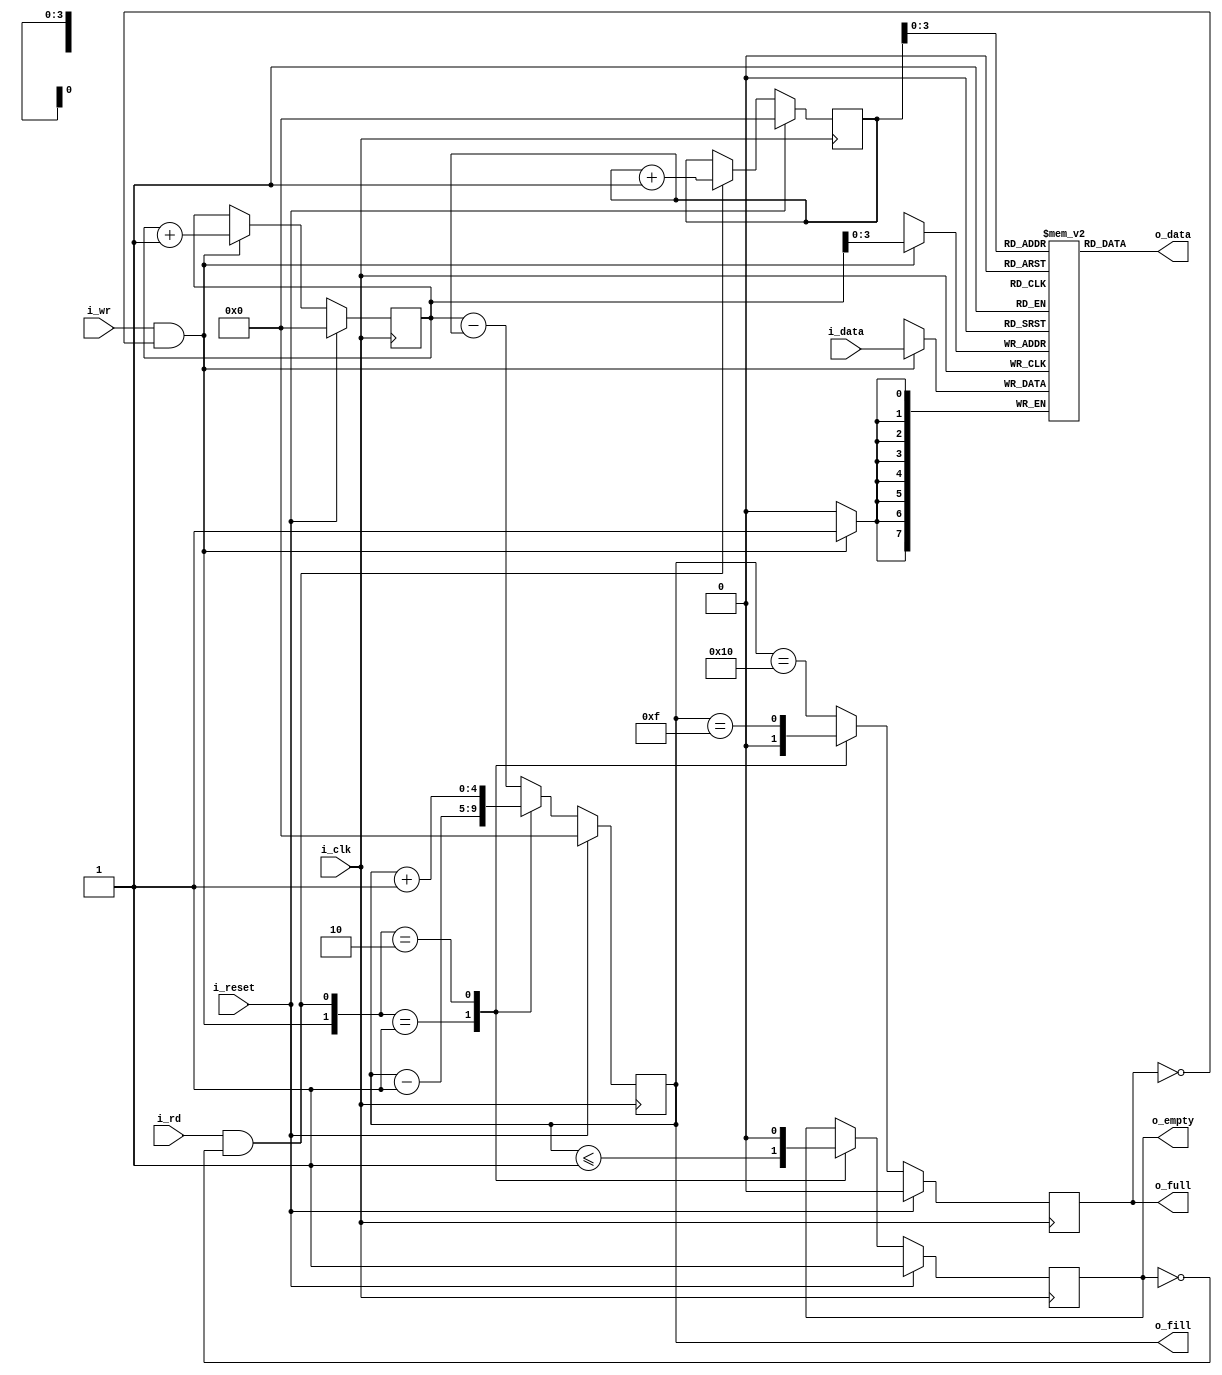
////////////////////////////////////////////////////////////////////////////////
//
// {{{
// Project:	WB2AXIPSP: bus bridges and other odds and ends
//
// Purpose:	A synchronous data FIFO.
//
// Creator:	Dan Gisselquist, Ph.D.
//		Gisselquist Technology, LLC
//
////////////////////////////////////////////////////////////////////////////////
//
// Written and distributed by Gisselquist Technology, LLC
// }}}
// This design is hereby granted to the public domain.
// {{{
// This program is distributed in the hope that it will be useful, but WITHOUT
// ANY WARRANTY; without even the implied warranty of MERCHANTIBILITY or
// FITNESS FOR A PARTICULAR PURPOSE.
//
////////////////////////////////////////////////////////////////////////////////
//
`default_nettype	none
// }}}
module sfifo #(
		// {{{
		parameter	BW=8,	// Byte/data width
		parameter 	LGFLEN=4,
		parameter [0:0]	OPT_ASYNC_READ = 1'b1,
		parameter [0:0]	OPT_WRITE_ON_FULL = 1'b0,
		parameter [0:0]	OPT_READ_ON_EMPTY = 1'b0
		// }}}
	) (
		// {{{
		input	wire		i_clk,
		input	wire		i_reset,
		//
		// Write interface
		input	wire		i_wr,
		input	wire [(BW-1):0]	i_data,
		output	wire 		o_full,
		output	reg [LGFLEN:0]	o_fill,
		//
		// Read interface
		input	wire		i_rd,
		output	reg [(BW-1):0]	o_data,
		output	wire		o_empty	// True if FIFO is empty
`ifdef	FORMAL
`ifdef	F_PEEK
		, output wire	[LGFLEN:0]	f_first_addr,
		output	wire	[LGFLEN:0]	f_second_addr,
		output	reg	[BW-1:0]	f_first_data, f_second_data,

		output	reg			f_first_in_fifo,
						f_second_in_fifo,
		output	reg	[LGFLEN:0]	f_distance_to_first,
						f_distance_to_second
`endif
`endif
		// }}}
	);

	// Register/net declarations
	// {{{
	localparam	FLEN=(1<<LGFLEN);
	reg			r_full, r_empty;
	reg	[(BW-1):0]	mem[0:(FLEN-1)];
	reg	[LGFLEN:0]	wr_addr, rd_addr;

	wire	w_wr = (i_wr && !o_full);
	wire	w_rd = (i_rd && !o_empty);
	// }}}
	////////////////////////////////////////////////////////////////////////
	//
	// Write half
	// {{{
	////////////////////////////////////////////////////////////////////////
	//
	//

	// o_fill
	// {{{
	initial	o_fill = 0;
	always @(posedge i_clk)
	if (i_reset)
		o_fill <= 0;
	else case({ w_wr, w_rd })
	2'b01: o_fill <= o_fill - 1;
	2'b10: o_fill <= o_fill + 1;
	default: o_fill <= wr_addr - rd_addr;
	endcase
	// }}}

	// r_full, o_full
	// {{{
	initial	r_full = 0;
	always @(posedge i_clk)
	if (i_reset)
		r_full <= 0;
	else case({ w_wr, w_rd})
	2'b01: r_full <= 1'b0;
	2'b10: r_full <= (o_fill == { 1'b0, {(LGFLEN){1'b1}} });
	default: r_full <= (o_fill == { 1'b1, {(LGFLEN){1'b0}} });
	endcase

	assign	o_full = (i_rd && OPT_WRITE_ON_FULL) ? 1'b0 : r_full;
	// }}}

	// wr_addr, the write address pointer
	// {{{
	initial	wr_addr = 0;
	always @(posedge i_clk)
	if (i_reset)
		wr_addr <= 0;
	else if (w_wr)
		wr_addr <= wr_addr + 1'b1;
	// }}}

	// Write to memory
	// {{{
	always @(posedge i_clk)
	if (w_wr)
		mem[wr_addr[(LGFLEN-1):0]] <= i_data;
	// }}}
	// }}}
	////////////////////////////////////////////////////////////////////////
	//
	// Read half
	// {{{
	////////////////////////////////////////////////////////////////////////
	//
	//

	// rd_addr, the read address pointer
	// {{{
	initial	rd_addr = 0;
	always @(posedge i_clk)
	if (i_reset)
		rd_addr <= 0;
	else if (w_rd)
		rd_addr <= rd_addr + 1;
	// }}}

	// r_empty, o_empty
	// {{{
	initial	r_empty = 1'b1;
	always @(posedge i_clk)
	if (i_reset)
		r_empty <= 1'b1;
	else case ({ w_wr, w_rd })
	2'b01: r_empty <= (o_fill <= 1);
	2'b10: r_empty <= 1'b0;
	default: begin end
	endcase

	assign	o_empty = (OPT_READ_ON_EMPTY && i_wr) ? 1'b0 : r_empty;
	// }}}

	// Read from the FIFO
	// {{{
	generate if (OPT_ASYNC_READ && OPT_READ_ON_EMPTY)
	begin : ASYNCHRONOUS_READ_ON_EMPTY
		// o_data
		// {{{
		always @(*)
		begin
			o_data = mem[rd_addr[LGFLEN-1:0]];
			if (r_empty)
				o_data = i_data;
		end
		// }}}
	end else if (OPT_ASYNC_READ)
	begin : ASYNCHRONOUS_READ
		// o_data
		// {{{
		always @(*)
			o_data = mem[rd_addr[LGFLEN-1:0]];
		// }}}
	end else begin : REGISTERED_READ
		// {{{
		reg		bypass_valid;
		reg [BW-1:0]	bypass_data, rd_data;
		reg [LGFLEN-1:0]	rd_next;

		always @(*)
			rd_next = rd_addr[LGFLEN-1:0] + 1;

		// Memory read, bypassing it if we must
		// {{{
		initial bypass_valid = 0;
		always @(posedge i_clk)
		if (i_reset)
			bypass_valid <= 0;
		else if (r_empty || i_rd)
		begin
			if (!i_wr)
				bypass_valid <= 1'b0;
			else if (r_empty || (i_rd && (o_fill == 1)))
				bypass_valid <= 1'b1;
			else
				bypass_valid <= 1'b0;
		end

		always @(posedge i_clk)
		if (r_empty || i_rd)
			bypass_data <= i_data;

		initial mem[0] = 0;
		initial rd_data = 0;
		always @(posedge i_clk)
		if (w_rd)
			rd_data <= mem[rd_next];

		always @(*)
		if (OPT_READ_ON_EMPTY && r_empty)
			o_data = i_data;
		else if (bypass_valid)
			o_data = bypass_data;
		else
			o_data = rd_data;
		// }}}
		// }}}
	end endgenerate
	// }}}
	// }}}
////////////////////////////////////////////////////////////////////////////////
////////////////////////////////////////////////////////////////////////////////
////////////////////////////////////////////////////////////////////////////////
//
// FORMAL METHODS
// {{{
////////////////////////////////////////////////////////////////////////////////
////////////////////////////////////////////////////////////////////////////////
////////////////////////////////////////////////////////////////////////////////
//
`ifdef	FORMAL

//
// Assumptions about our input(s)
//
//
`ifdef	SFIFO
`define	ASSUME	assume
`else
`define	ASSUME	assert
`endif

	reg			f_past_valid;
	wire	[LGFLEN:0]	f_fill, f_next;
	wire			f_empty;

	initial	f_past_valid = 1'b0;
	always @(posedge i_clk)
		f_past_valid <= 1'b1;

	////////////////////////////////////////////////////////////////////////
	//
	// Assertions about our flags and counters
	// {{{
	////////////////////////////////////////////////////////////////////////
	//
	//

	assign	f_fill = wr_addr - rd_addr;
	assign	f_empty = (wr_addr == rd_addr);
	assign	f_next = rd_addr + 1'b1;

	always @(*)
	begin
		assert(f_fill <= { 1'b1, {(LGFLEN){1'b0}} });
		assert(o_fill == f_fill);

		assert(r_full  == (f_fill == {1'b1, {(LGFLEN){1'b0}} }));
		assert(r_empty == (f_fill == 0));

		if (!OPT_WRITE_ON_FULL)
		begin
			assert(o_full == r_full);
		end else begin
			assert(o_full == (r_full && !i_rd));
		end

		if (!OPT_READ_ON_EMPTY)
		begin
			assert(o_empty == r_empty);
		end else begin
			assert(o_empty == (r_empty && !i_wr));
		end
	end

	always @(posedge i_clk)
	if (!OPT_ASYNC_READ && f_past_valid)
	begin
		if (f_fill == 0)
		begin
			assert(r_empty);
			assert(o_empty || (OPT_READ_ON_EMPTY && i_wr));
		end else if ($past(f_fill)>1)
		begin
			assert(!r_empty);
		end else if ($past(!i_rd && f_fill > 0))
			assert(!r_empty);
	end

	always @(*)
	if (!r_empty)
	begin
		// This also applies for the registered read case
		assert(mem[rd_addr[LGFLEN-1:0]] == o_data);
	end else if (OPT_READ_ON_EMPTY)
		assert(o_data == i_data);

	// }}}
	////////////////////////////////////////////////////////////////////////
	//
	// Formal contract: (Twin write test)
	// {{{
	// If you write two values in succession, you should be able to read
	// those same two values in succession some time later.
	//
	////////////////////////////////////////////////////////////////////////
	//
	//

	// Verilator lint_off UNDRIVEN
	(* anyconst *)	reg	[LGFLEN:0]	fw_first_addr;
	// Verilator lint_on  UNDRIVEN
`ifndef	F_PEEK
			wire	[LGFLEN:0]	f_first_addr;
			wire	[LGFLEN:0]	f_second_addr;
			reg	[BW-1:0]	f_first_data, f_second_data;

	reg	f_first_in_fifo, f_second_in_fifo;
	reg	[LGFLEN:0]	f_distance_to_first, f_distance_to_second;
`endif
	reg	f_first_addr_in_fifo, f_second_addr_in_fifo;

	assign f_first_addr  = fw_first_addr;
	assign f_second_addr = f_first_addr + 1;

	always @(*)
	begin
		f_distance_to_first = (f_first_addr - rd_addr);
		f_first_addr_in_fifo = 0;
		if ((f_fill != 0) && (f_distance_to_first < f_fill))
			f_first_addr_in_fifo = 1;
	end

	always @(*)
	begin
		f_distance_to_second = (f_second_addr - rd_addr);
		f_second_addr_in_fifo = 0;
		if ((f_fill != 0) && (f_distance_to_second < f_fill))
			f_second_addr_in_fifo = 1;
	end

	always @(posedge i_clk)
	if (w_wr && wr_addr == f_first_addr)
		f_first_data <= i_data;

	always @(posedge i_clk)
	if (w_wr && wr_addr == f_second_addr)
		f_second_data <= i_data;

	always @(*)
	if (f_first_addr_in_fifo)
		assert(mem[f_first_addr[LGFLEN-1:0]] == f_first_data);
	always @(*)
		f_first_in_fifo = (f_first_addr_in_fifo && (mem[f_first_addr[LGFLEN-1:0]] == f_first_data));

	always @(*)
	if (f_second_addr_in_fifo)
		assert(mem[f_second_addr[LGFLEN-1:0]] == f_second_data);

	always @(*)
		f_second_in_fifo = (f_second_addr_in_fifo && (mem[f_second_addr[LGFLEN-1:0]] == f_second_data));

	always @(*)
	if (f_first_in_fifo && (o_fill == 1 || f_distance_to_first == 0))
		assert(o_data == f_first_data);

	always @(*)
	if (f_second_in_fifo && (o_fill == 1 || f_distance_to_second == 0))
		assert(o_data == f_second_data);

	always @(posedge i_clk)
	if (f_past_valid && !$past(i_reset))
	begin
		case({$past(f_first_in_fifo), $past(f_second_in_fifo)})
		2'b00: begin
				if ($past(w_wr && (!w_rd || !r_empty))
					&&($past(wr_addr == f_first_addr)))
				begin
					assert(f_first_in_fifo);
				end else begin
					assert(!f_first_in_fifo);
				end
				//
				// The second could be in the FIFO, since
				// one might write other data than f_first_data
				//
				// assert(!f_second_in_fifo);
			end
		2'b01: begin
				assert(!f_first_in_fifo);
				if ($past(w_rd && (rd_addr==f_second_addr)))
				begin
					assert((o_empty&&!OPT_ASYNC_READ)||!f_second_in_fifo);
				end else begin
					assert(f_second_in_fifo);
				end
			end
		2'b10: begin
				if ($past(w_wr)
					&&($past(wr_addr == f_second_addr)))
				begin
					assert(f_second_in_fifo);
				end else begin
					assert(!f_second_in_fifo);
				end
				if ($past(!w_rd ||(rd_addr != f_first_addr)))
					assert(f_first_in_fifo);
			end
		2'b11: begin
				assert(f_second_in_fifo);
				if ($past(!w_rd ||(rd_addr != f_first_addr)))
				begin
					assert(f_first_in_fifo);
					if (rd_addr == f_first_addr)
						assert(o_data == f_first_data);
				end else begin
					assert(!f_first_in_fifo);
					assert(o_data == f_second_data);
				end
			end
		endcase
	end
	// }}}
	////////////////////////////////////////////////////////////////////////
	//
	//	Cover properties
	// {{{
	////////////////////////////////////////////////////////////////////////
	//
	//
`ifdef	SFIFO
	reg	f_was_full;
	initial	f_was_full = 0;
	always @(posedge i_clk)
	if (o_full)
		f_was_full <= 1;

	always @(posedge i_clk)
		cover($fell(f_empty));

	always @(posedge i_clk)
		cover($fell(o_empty));

	always @(posedge i_clk)
		cover(f_was_full && f_empty);

	always @(posedge i_clk)
		cover($past(o_full,2)&&(!$past(o_full))&&(o_full));

	always @(posedge i_clk)
	if (f_past_valid)
		cover($past(o_empty,2)&&(!$past(o_empty))&& o_empty);
`endif
	// }}}

	// Make Verilator happy
	// Verilator lint_off UNUSED
	wire	unused_formal;
	assign	unused_formal = &{ 1'b0, f_next[LGFLEN], f_empty };
	// Verilator lint_on  UNUSED
`endif // FORMAL
// }}}
endmodule
`ifndef	YOSYS
`default_nettype wire
`endif